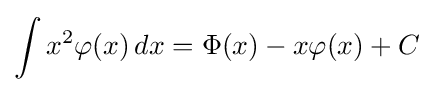
\int x^{2}\varphi (x)\,dx=\Phi (x)-x\varphi (x)+C